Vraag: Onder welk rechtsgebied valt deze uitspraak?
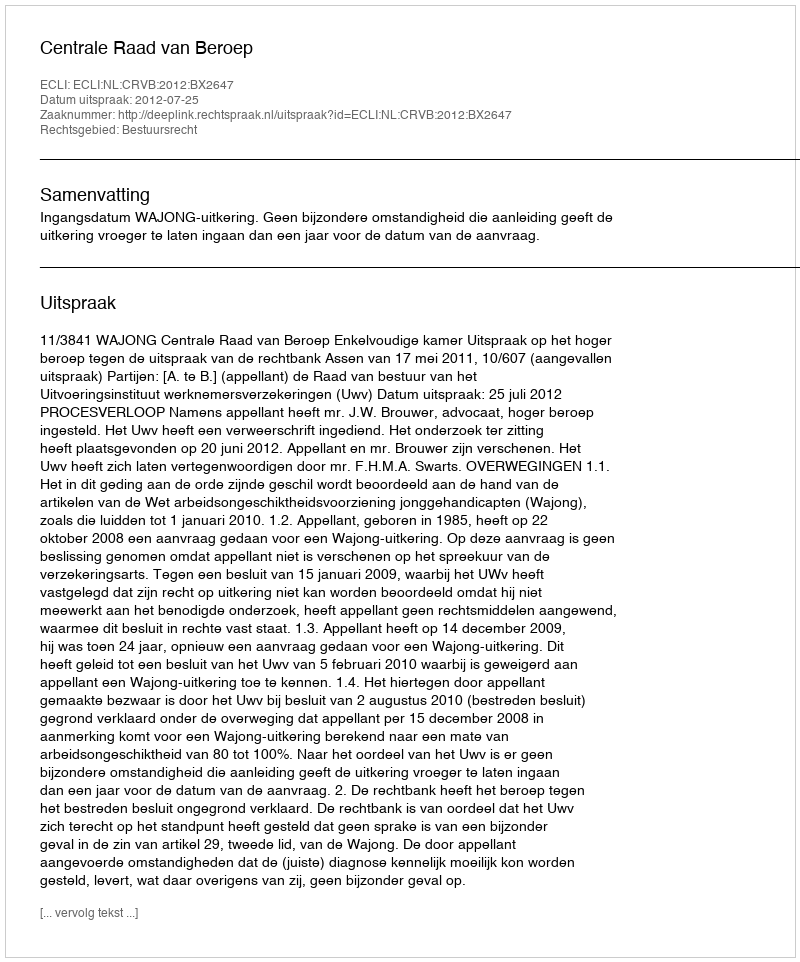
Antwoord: Bestuursrecht